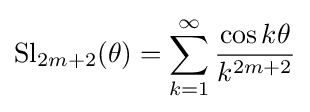
\operatorname {Sl} _{2m+2}(\theta )=\sum _{k=1}^{\infty }{\frac {\cos k\theta }{k^{2m+2}}}